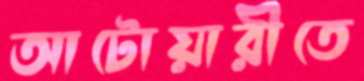
আটোয়ারীতে